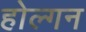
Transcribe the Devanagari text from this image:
होल्गन